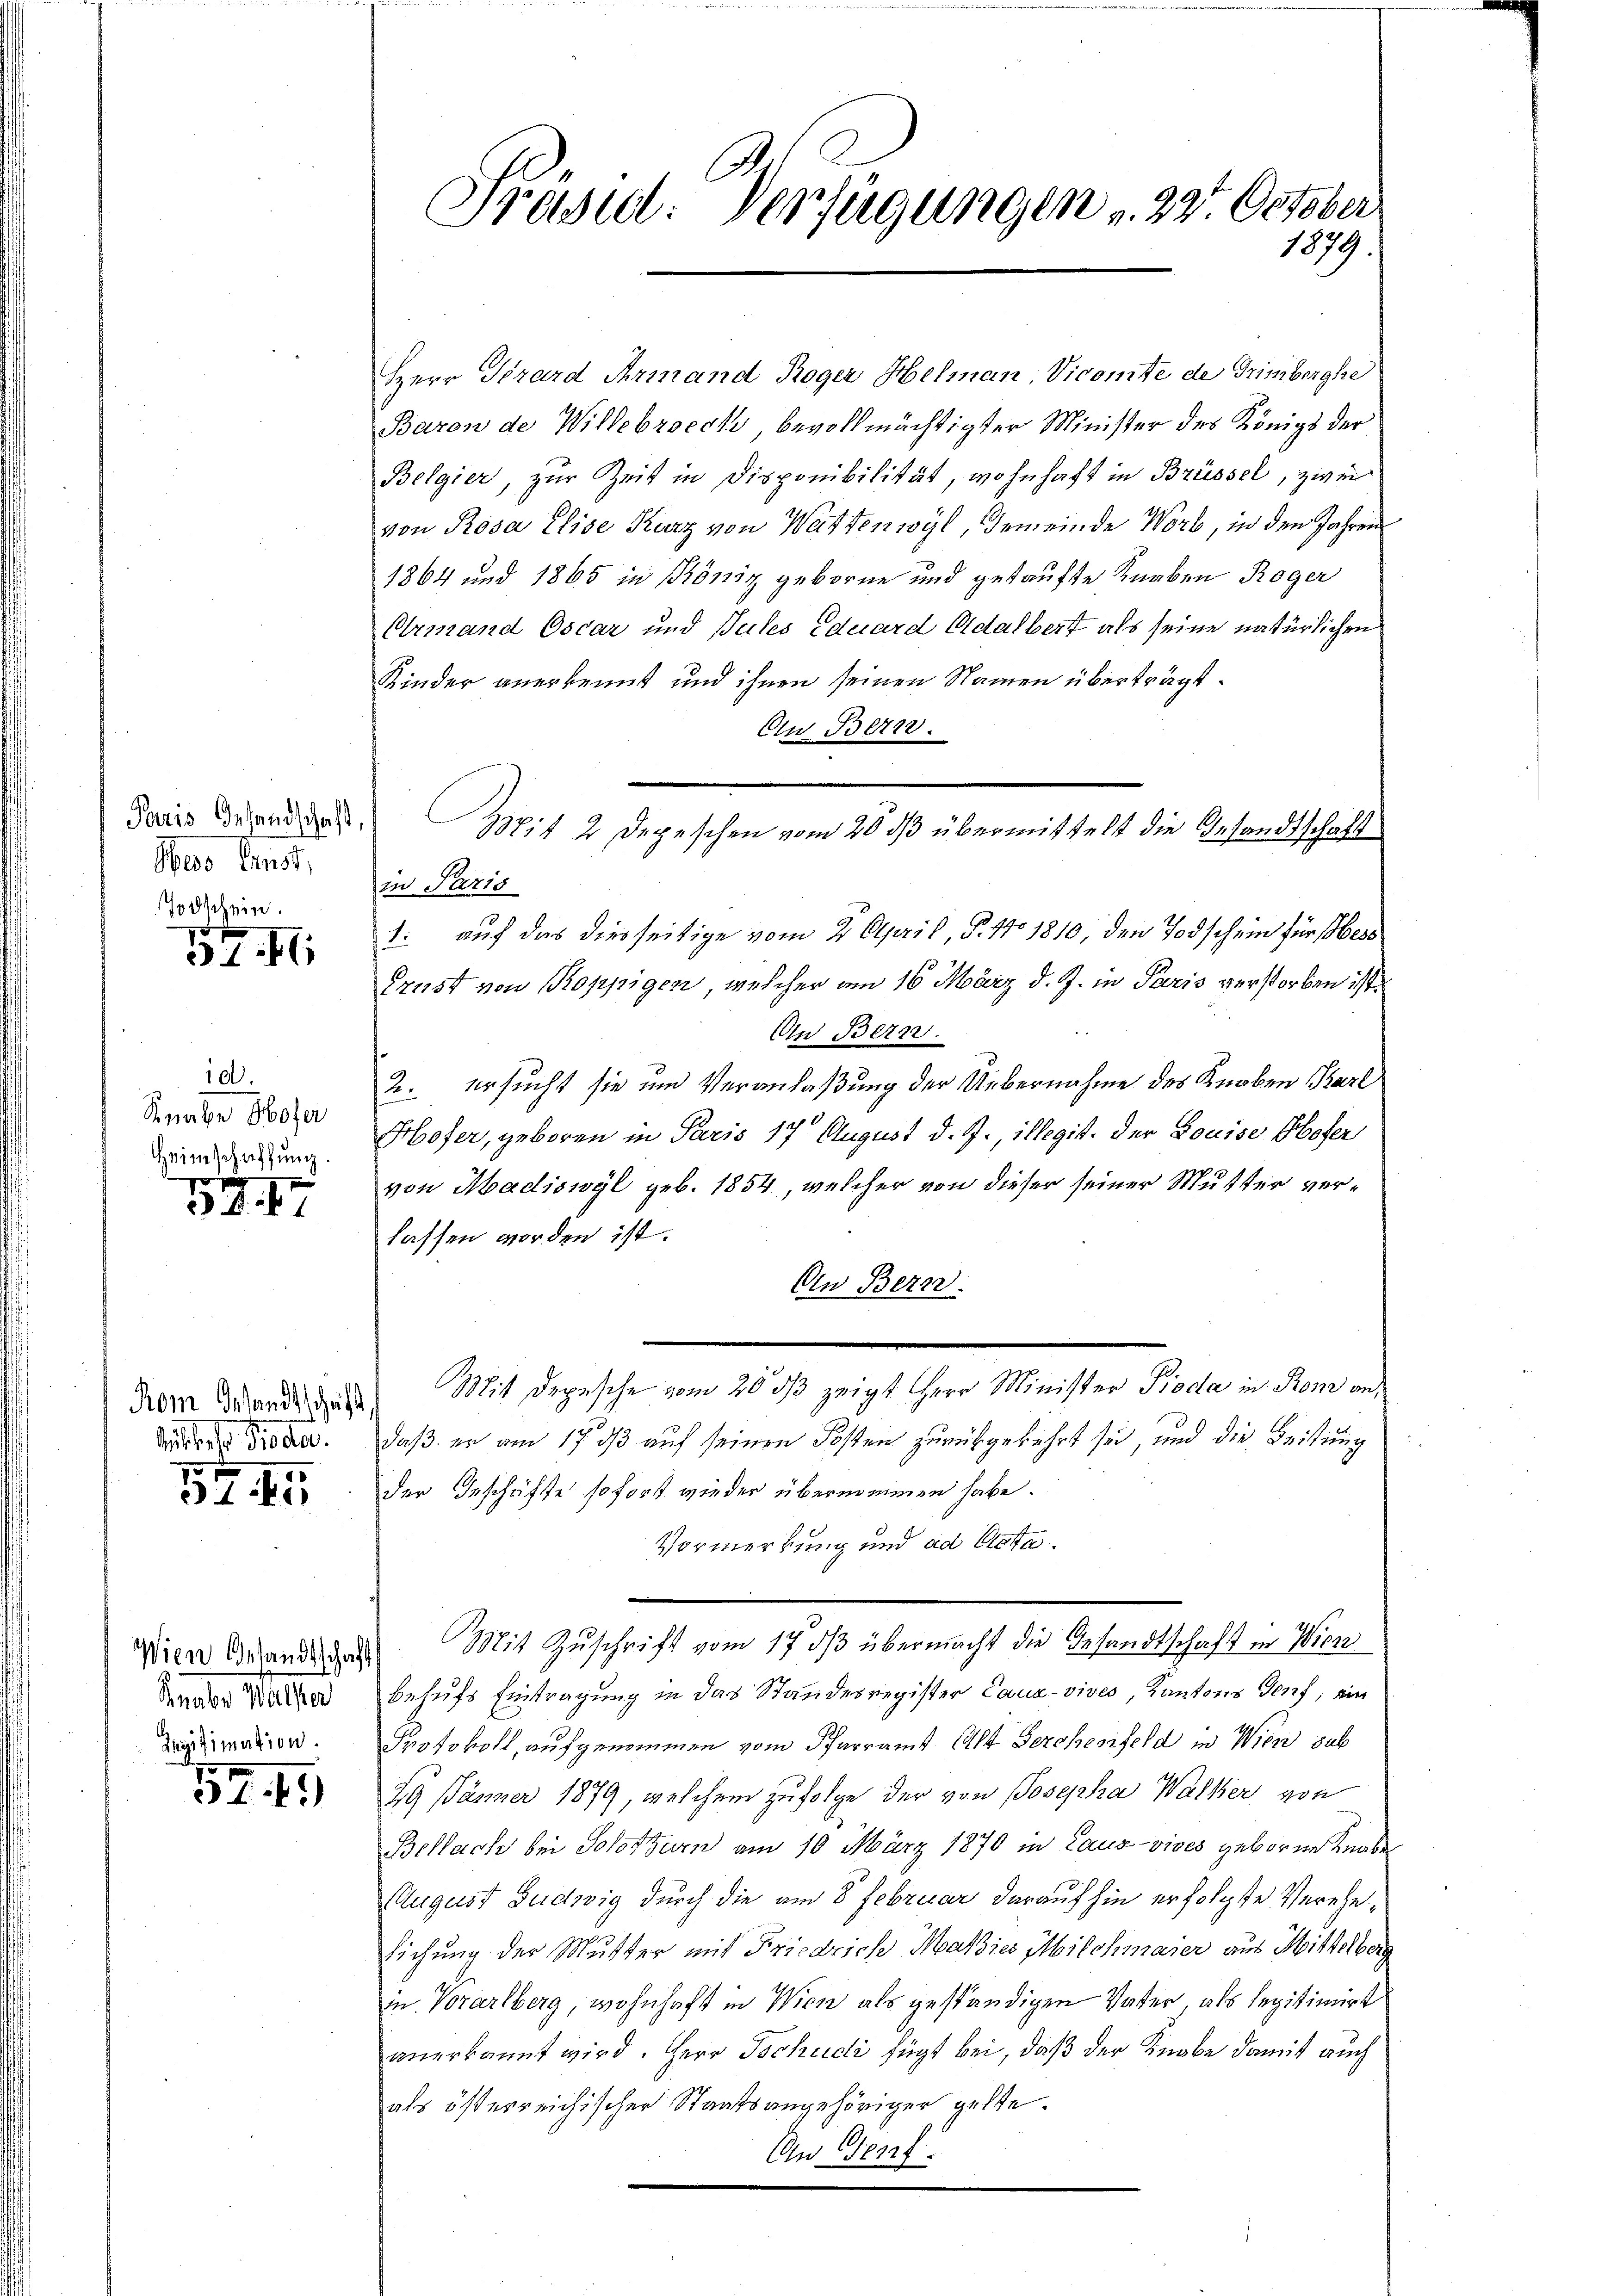
Paris Gesandschaft,
Neso Ernst,
odschein.

197. 4

id.
Knabe Hofer
Heimschaffung.
o
e

1

Mustente Pioda

70
37. 45

Amte Mater
Legitimation.

52. 19

Präsid. Verfügungen v. 227. October
1879

Herr Girard Armand Roger Helman, Vicomte de Grimberghe
Baron de Willebroeck bevollmächtigter Minister des Königs der
Belgier, zur Zeit in Disponibilität, wohnhaft in Brüssel, zwei
von Rosa Elise Kurz von Wattenwyl, Gemeinde Worb, in den Jahren
1864 und 1865 in Köniz geborne und gekaufte Knaben Roger
Armand Oscar und Pules Eduard Adalbert als seine natürlichen
Kinder anerkennt und ihnen seinen Namen überträgt.
Au Bern.
in Paris
1: auf das diesseitige vom 2. April, P. No 1810, den Todschein für sibens
Erust von Koppigen, welcher am 16. März d. J. in Paris verstorben ist.
An Bern.
2. ersucht sie um Veranlaßung der Uebernahme des Knaben Karl
Hofer, geboren in Paris 17 August d. J., illegist. Der Louise Hofer
von Madiswyl geb. 1854, welcher von dieser seiner Mutter verlassen worden ist.
An Bern.
Vom Wande das Mit Depesche vom 20 dß zeigt Herr Minister Proda in Rone andaß er am 17 dß auf seinen Posten zurückgekehrt sei, und die Leistung
der Geschäfte sofort wieder überneinen habe.
Vormerkung und ad Acta.
Wien andes Mit Zuschrift vom 17. ds übermacht die Gesandtschaft in Wien
behufs Eintragung in das Standesregister Caux-vives, Kantons Genf, ein
Protokoll, aufgenommen vom Pfarramt Alt Berchenfeld in Wien sub
29 Jänner 1879, welchem zufolge der von Josepha Walker von
Bellach bei Solothurn am 10. März 1870 in Laur-vives geboren Knaben
August Gudwig durch die am 8. Februar darauf hin erfolgte Verehe¬
Eichung der Mutter mit Friedrich Maßies Milchmaier aus Mittelbar
in Vorarlberg, wohnhaft in Wien als geständigen Vater, als legitimirt
anerkannt wird. Herr Tschudi fügt bei, daß der Knabe damit auch
als österreichischer Staatsangehöriger gelte.
An- Genf.

Bit 2 Depeschen vom 20 dß übermittelt die Gesandtschaft